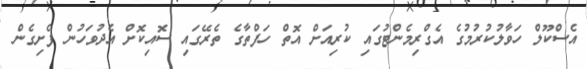
އެސްކޫލް ހަވާލުކުރުމުގެ އެގްރިމެންޓުގައި ކުރިއަށް އޮތް ހަފްތާގެ ތެރޭގައި ސޮއިކޮށް އެދުވަހުން ފެށިގެން